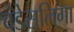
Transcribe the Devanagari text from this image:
बंडेसलिगा